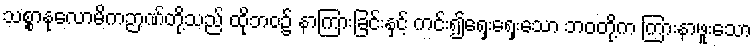
သစ္စာနုလောမိကဉာဏ်တို့သည် ထိုဘဝ၌ နာကြားခြင်းနှင့် ကင်း၍ရှေးရှေးသော ဘဝတို့က ကြားနာဖူးသော